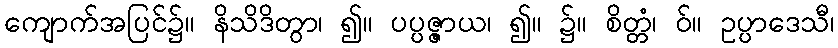
ကျောက်အပြင်၌။ နိသိဒိတွာ၊ ၍။ ပပ္ပဇ္ဇာယ၊ ၍။ ၌။ စိတ္တံ၊ ဝ်။ ဥပ္ပာဒေသီ၊